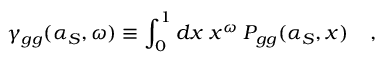
\gamma _ { g g } ( \alpha _ { S } , \omega ) \equiv \int _ { 0 } ^ { 1 } d x \; x ^ { \omega } \; P _ { g g } ( \alpha _ { S } , x ) \; \; \; \; ,